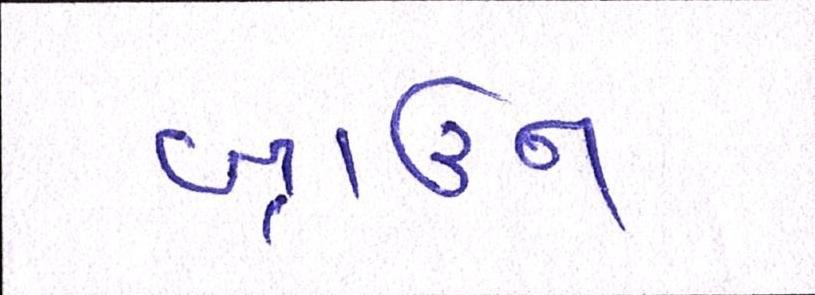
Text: બ્રાઉન